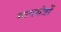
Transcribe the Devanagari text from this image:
मापयंत्रों